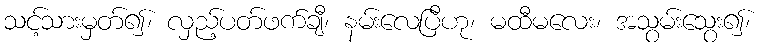
သင့်သားမှတ်၍၊ လှည့်ပတ်ဖက်ချီ၊ နမ်းလေပြီဟု၊ မထီမလေး၊ အသွမ်းသွေး၍၊